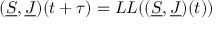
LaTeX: ( \underline { { { S } } } , \underline { { { J } } } ) ( t + \tau ) = L L ( ( \underline { { { S } } } , \underline { { { J } } } ) ( t ) )